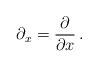
LaTeX: \begin{align*}\:\partial_{x} = \frac{\partial }{\partial x} \,.\:\end{align*}